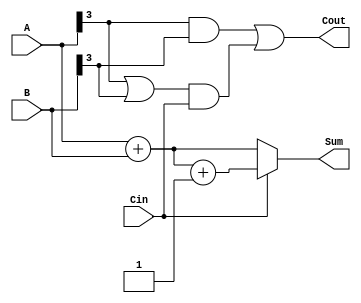
module CarrySelectAdder (
    input [3:0] A,
    input [3:0] B,
    input Cin,
    output [3:0] Sum,
    output Cout
);

    wire [3:0] Sum0, Sum1; // Sum outputs for carry-in 0 and 1
    wire C0, C1; // Carry out for carry-in 0 and 1
    wire G0, P0, G1, P1; // Generate and Propagate signals for the first segment
    wire G2, P2; // Generate and Propagate signals for the second segment
    wire C_prev; // Previous carry-out from the first segment

    // First segment (A[3:0], B[3:0])
    assign {C0, Sum0} = A + B; // carry-in = 0
    assign {C1, Sum1} = A + B + 1; // carry-in = 1

    // Generate and Propagate for the first segment
    assign G0 = A[3] & B[3];
    assign P0 = A[3] | B[3];

    // Select the output based on carry-in
    assign C_prev = Cin; // Carry-in for the next segment

    // Second segment (if applicable, for expansion)
    // For this example, let's assume we're only adding 4 bits.
    // For larger inputs, you would define additional segments here.

    // Final carry out
    assign Cout = G0 | (P0 & Cin);

    // Select the Sum based on the actual carry-in
    assign Sum = (Cin) ? Sum1 : Sum0;

endmodule